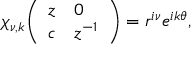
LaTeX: \chi _ { \nu , k } { \left( \begin{array} { l l } { z } & { 0 } \\ { c } & { z ^ { - 1 } } \end{array} \right) } = r ^ { i \nu } e ^ { i k \theta } ,